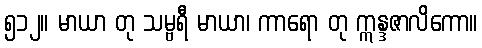
၅၁၂။ မာယာ တု သမ္ဗရီ မာယာ၊ ကာရော တု ဣန္ဒဇာလိကော။